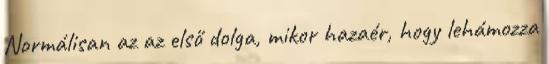
Normálisan az az első dolga, mikor hazaér, hogy lehámozza